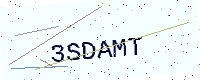
Text: 3SDAMT